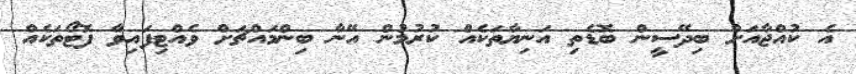
އެ ކުއްޖާއަށް ބިދޭސީން ބޮޑެތި އަނިޔާތަކެއް ކުރުމުން އޭނާ ބިންމައްޗަށް ވެއްޓިފައިވާ ފޮޓޯތަކެއް